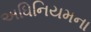
અધિનિયમના